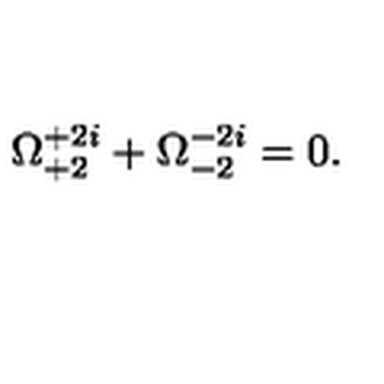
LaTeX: \Omega _ { + 2 } ^ { + 2 i } + \Omega _ { - 2 } ^ { - 2 i } = 0 .